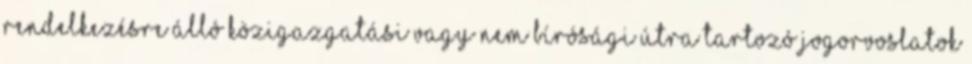
rendelkezésre álló közigazgatási vagy nem bírósági útra tartozó jogorvoslatok